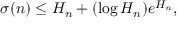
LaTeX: \sigma ( n ) \leq H _ { n } + ( \log H _ { n } ) e ^ { H _ { n } } ,